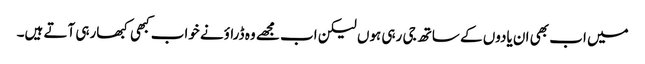
میں اب بھی ان یادوں کے ساتھ جی رہی ہوں لیکن اب مجھے وہ ڈراؤنے خواب کبھی کبھارہی آتے ہیں۔